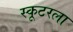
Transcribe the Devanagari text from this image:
स्कूटरला